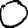
Digit: 0